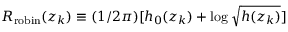
R _ { \mathrm { r o b i n } } ( z _ { k } ) \equiv ( 1 / 2 \pi ) [ h _ { 0 } ( z _ { k } ) + \log \sqrt { h ( z _ { k } ) } ]